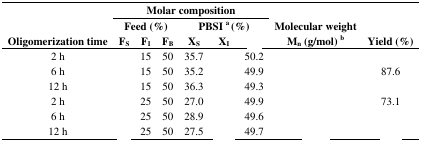
<table><thead><tr><td>[EMPTY_CELL]</td><td colspan="6"><b>Molar composition</b></td><td>[EMPTY_CELL]</td><td>[EMPTY_CELL]</td></tr><tr><td>[EMPTY_CELL]</td><td colspan="3"><b>Feed (%)</b></td><td colspan="3"><b>PBSI <sup>a</sup> (%)</b></td><td><b>Molecular weight</b></td><td>[EMPTY_CELL]</td></tr><tr><td><b>Oligomerization time</b></td><td><b>F<sub>S</sub></b></td><td><b>F<sub>I</sub></b></td><td><b>F<sub>B</sub></b></td><td><b>X<sub>S</sub></b></td><td><b>X<sub>I</sub></b></td><td>[EMPTY_CELL]</td><td><b>M<sub>n</sub> (g/mol) <sup>b</sup></b></td><td><b>Yield (%)</b></td></tr></thead><tbody><tr><td>2 h</td><td>[EMPTY_CELL]</td><td>15</td><td>50</td><td>35.7</td><td>[EMPTY_CELL]</td><td>50.2</td><td>[EMPTY_CELL]</td><td>[EMPTY_CELL]</td></tr><tr><td>6 h</td><td>[EMPTY_CELL]</td><td>15</td><td>50</td><td>35.2</td><td>[EMPTY_CELL]</td><td>49.9</td><td>[EMPTY_CELL]</td><td>87.6</td></tr><tr><td>12 h</td><td>[EMPTY_CELL]</td><td>15</td><td>50</td><td>36.3</td><td>[EMPTY_CELL]</td><td>49.3</td><td>[EMPTY_CELL]</td><td>[EMPTY_CELL]</td></tr><tr><td>2 h</td><td>[EMPTY_CELL]</td><td>25</td><td>50</td><td>27.0</td><td>[EMPTY_CELL]</td><td>49.9</td><td>[EMPTY_CELL]</td><td>73.1</td></tr><tr><td>6 h</td><td>[EMPTY_CELL]</td><td>25</td><td>50</td><td>28.9</td><td>[EMPTY_CELL]</td><td>49.6</td><td>[EMPTY_CELL]</td><td>[EMPTY_CELL]</td></tr><tr><td>12 h</td><td>[EMPTY_CELL]</td><td>25</td><td>50</td><td>27.5</td><td>[EMPTY_CELL]</td><td>49.7</td><td>[EMPTY_CELL]</td><td>[EMPTY_CELL]</td></tr></tbody></table>